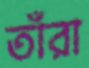
তাঁরা